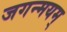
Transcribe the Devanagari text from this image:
जगन्मयम्